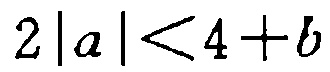
\(2\left|a\right|<4 + b\)